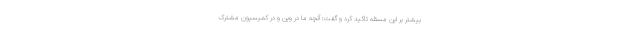
بیشتر بر این مسئله تاکید کرد و گفت: آنچه ما در وین و در کمیسیون مشترک